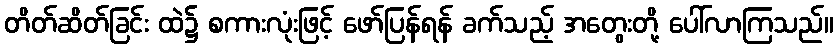
တိတ်ဆိတ်ခြင်း ထဲ၌ စကားလုံးဖြင့် ဖော်ပြန်ရန် ခက်သည့် အတွေးတို့ ပေါ်လာကြသည်။